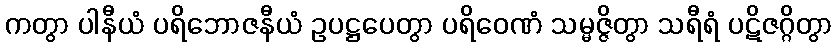
ကတွာ ပါနီယံ ပရိဘောဇနီယံ ဥပဋ္ဌပေတွာ ပရိဝေဏံ သမ္မဇ္ဇိတွာ သရီရံ ပဋိဇဂ္ဂိတွာ